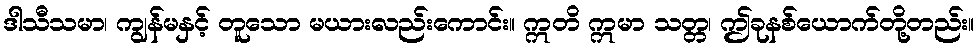
ဒါသီသမာ၊ ကျွန်မနှင့် တူသော မယားလည်းကောင်း။ ဣတိ ဣမာ သတ္တ၊ ဤခုနစ်ယောက်တို့တည်း။